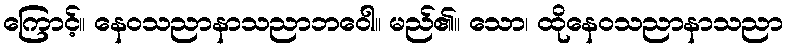
ကြောင့်။ နေဝသညာနာသညာဘဝေါ။ မည်၏။ သော၊ ထိုနေဝသညာနာသညာ